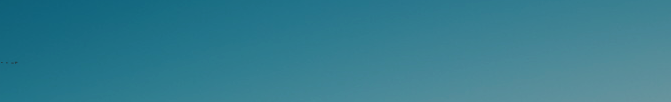
under new mgmt